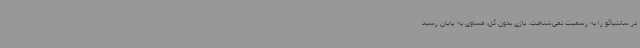
در سانتیاگو را به رسمیت نمی‌شناخت. بازی بدون گل، مساوی به پایان رسید